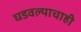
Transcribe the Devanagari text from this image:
घडवल्याचाही